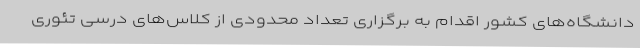
دانشگاه‌های کشور اقدام به برگزاری تعداد محدودی از کلاس‌های درسی تئوری